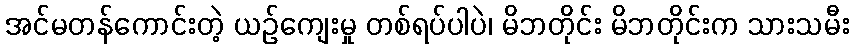
အင်မတန်ကောင်းတဲ့ ယဉ်ကျေးမှု တစ်ရပ်ပါပဲ၊ မိဘတိုင်း မိဘတိုင်းက သားသမီး